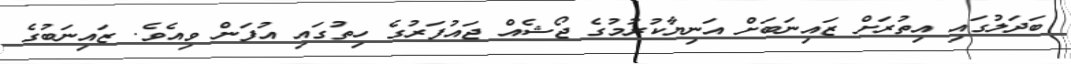
ބަދަލުގައި އިތުރަށް ޒައިނަބަށް އަނިޔާކުރުމުގެ ޖޯޝެއް ޖައުފަރުގެ ހިތުގައި އުފަން ވިއެވެ. ޒައިނަބުގެ